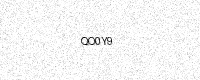
Text: QO0Y9